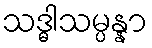
သဒ္ဓါသမ္ပန္နာ